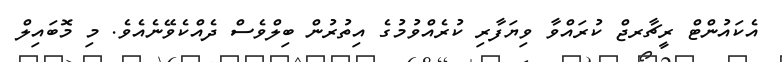
އެކައުންޓް ރީޗާރޖް ކުރައްވާ ވިޔަފާރި ކުރެއްވުމުގެ އިތުރުން ބިލްވެސް ދެއްކެވޭނެއެވެ. މި މޮބައިލް